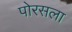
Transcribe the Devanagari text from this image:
पोरसला